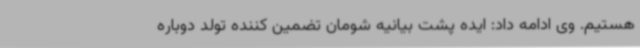
هستیم. وی ادامه داد: ایده پشت بیانیه شومان تضمین کننده تولد دوباره